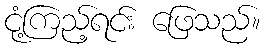
ငုံ့ကြည့်ရင်း ဖြေသည်။